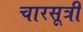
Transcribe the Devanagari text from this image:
चारसूत्री